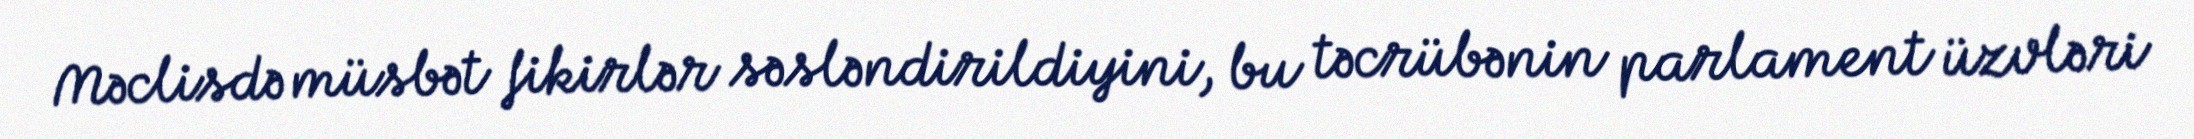
Məclisdə müsbət fikirlər səsləndirildiyini, bu təcrübənin parlament üzvləri